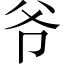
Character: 爷